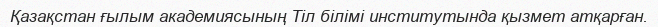
Қазақстан ғылым академиясының Тіл білімі институтында қызмет атқарған.